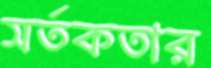
সর্তকতার